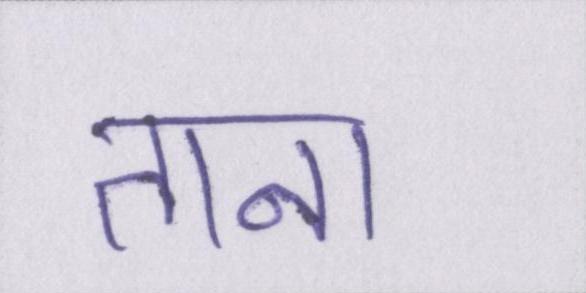
ताना